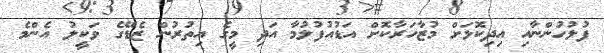
ފުލުހުންނާއި އިދިކޮޅަށް މުޒާހަރާކޮށް އަޑުއުފުލުމާ އަދި މީގެ އިތުރުން ޒެޑޭގެ ވަކީލު އެންމެ